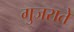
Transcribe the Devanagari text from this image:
गुजराते